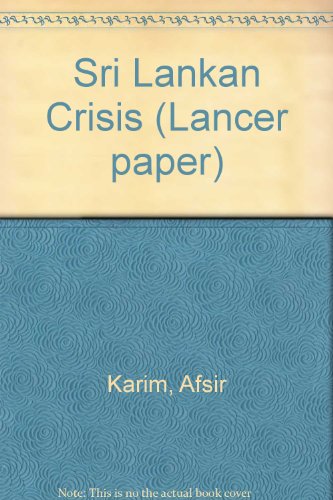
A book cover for Sri Lankan Crisis (Lancer paper); Afsir Karim; History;